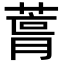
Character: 𮐛